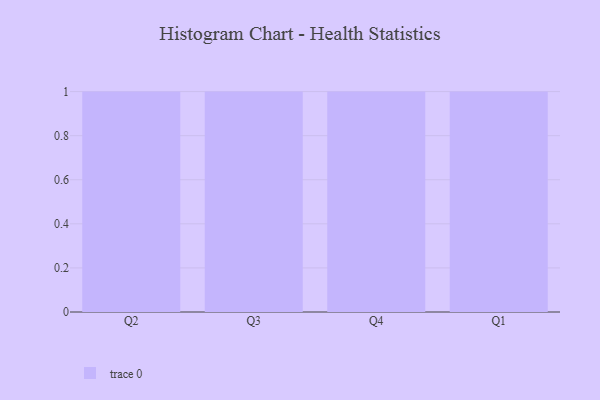
{"axis": {"x": "Quarter", "y": "Page Views"}, "legend": [""], "data": [{"x": "Q2", "y": 29, "type": ""}, {"x": "Q3", "y": 37, "type": ""}, {"x": "Q4", "y": 96, "type": ""}, {"x": "Q1", "y": 84, "type": ""}]}